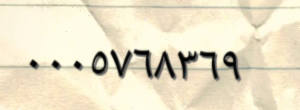
٠٠٠٥٧٦٨٣٦٩